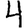
Digit: 4